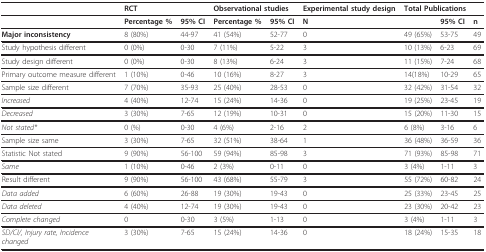
<table><thead><tr><td></td><td colspan="2"><b>RCT</b></td><td colspan="2"><b>Observational studies</b></td><td><b>Experimental study design</b></td><td colspan="3"><b>Total Publications</b></td></tr></thead><tbody><tr><td></td><td><b>Percentage %</b></td><td><b>95% CI</b></td><td><b>Percentage %</b></td><td><b>95% CI</b></td><td><b>N</b></td><td></td><td><b>95% CI</b></td><td><b>n</b></td></tr><tr><td><b>Major inconsistency</b></td><td>8 (80%)</td><td>44-97</td><td>41 (54%)</td><td>52-77</td><td>0</td><td>49 (65%)</td><td>53-75</td><td>49</td></tr><tr><td>Study hypothesis different</td><td>0 (0%)</td><td>0-30</td><td>7 (11%)</td><td>5-22</td><td>3</td><td>10 (13%)</td><td>6-23</td><td>69</td></tr><tr><td>Study design different</td><td>0 (0%)</td><td>0-30</td><td>8 (13%)</td><td>6-24</td><td>3</td><td>11 (15%)</td><td>7-24</td><td>68</td></tr><tr><td>Primary outcome measure different</td><td>1 (10%)</td><td>0-46</td><td>10 (16%)</td><td>8-27</td><td>3</td><td>14(18%)</td><td>10-29</td><td>65</td></tr><tr><td>Sample size different</td><td>7 (70%)</td><td>35-93</td><td>25 (40%)</td><td>28-53</td><td>0</td><td>32 (42%)</td><td>31-54</td><td>32</td></tr><tr><td><i>Increased</i></td><td>4 (40%)</td><td>12-74</td><td>15 (24%)</td><td>14-36</td><td>0</td><td>19 (25%)</td><td>23-45</td><td>19</td></tr><tr><td><i>Decreased</i></td><td>3 (30%)</td><td>7-65</td><td>12 (19%)</td><td>10-31</td><td>0</td><td>15 (20%)</td><td>11-30</td><td>15</td></tr><tr><td><i>Not stated*</i></td><td>0 (%)</td><td>0-30</td><td>4 (6%)</td><td>2-16</td><td>2</td><td>6 (8%)</td><td>3-16</td><td>6</td></tr><tr><td>Sample size same</td><td>3 (30%)</td><td>7-65</td><td>32 (51%)</td><td>38-64</td><td>1</td><td>36 (48%)</td><td>36-59</td><td>36</td></tr><tr><td>Statistic Not stated</td><td>9 (90%)</td><td>56-100</td><td>59 (94%)</td><td>85-98</td><td>3</td><td>71 (93%)</td><td>85-98</td><td>71</td></tr><tr><td><i>Same</i></td><td>1 (10%)</td><td>0-46</td><td>2 (3%)</td><td>0-11</td><td>0</td><td>3 (4%)</td><td>1-11</td><td>3</td></tr><tr><td>Result different</td><td>9 (90%)</td><td>56-100</td><td>43 (68%)</td><td>55-79</td><td>3</td><td>55 (72%)</td><td>60-82</td><td>24</td></tr><tr><td><i>Data added</i></td><td>6 (60%)</td><td>26-88</td><td>19 (30%)</td><td>19-43</td><td>0</td><td>25 (33%)</td><td>23-45</td><td>25</td></tr><tr><td><i>Data deleted</i></td><td>4 (40%)</td><td>12-74</td><td>19 (30%)</td><td>19-43</td><td>0</td><td>23 (30%)</td><td>20-42</td><td>23</td></tr><tr><td><i>Complete changed</i></td><td>0</td><td>0-30</td><td>3 (5%)</td><td>1-13</td><td>0</td><td>3 (4%)</td><td>1-11</td><td>3</td></tr><tr><td><i>SD/CI/, Injury rate, Incidence</i><i>changed</i></td><td>3 (30%)</td><td>7-65</td><td>15 (24%)</td><td>14-36</td><td>0</td><td>18 (24%)</td><td>15-35</td><td>18</td></tr></tbody></table>